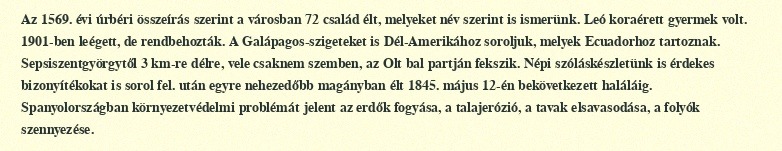
Az 1569. évi úrbéri összeírás szerint a városban 72 család élt, melyeket név szerint is ismerünk. Leó koraérett gyermek volt. 1901-ben leégett, de rendbehozták. A Galápagos-szigeteket is Dél-Amerikához soroljuk, melyek Ecuadorhoz tartoznak. Sepsiszentgyörgytől 3 km-re délre, vele csaknem szemben, az Olt bal partján fekszik. Népi szóláskészletünk is érdekes bizonyítékokat is sorol fel. után egyre nehezedőbb magányban élt 1845. május 12-én bekövetkezett haláláig. Spanyolországban környezetvédelmi problémát jelent az erdők fogyása, a talajerózió, a tavak elsavasodása, a folyók szennyezése.